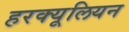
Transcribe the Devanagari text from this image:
हरक्यूलियन